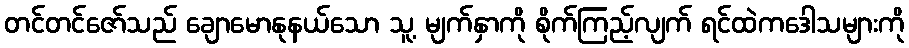
တင်တင်ဇော်သည် ချောမောနုနယ်သော သူ့ မျက်နှာကို စိုက်ကြည့်လျက် ရင်ထဲကဒေါသများကို